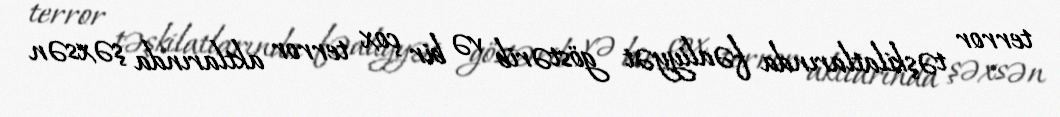
terror təşkilatlarında fəaliyyət göstərib və bir çox terror aktlarında şəxsən